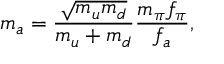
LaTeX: m _ { a } = \frac { \sqrt { m _ { u } m _ { d } } } { m _ { u } + m _ { d } } \frac { m _ { \pi } f _ { \pi } } { f _ { a } } ,